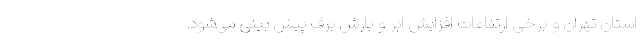
استان تهران و برخی ارتفاعات افزایش ابر و بارش برف پیش بینی می‌شود.